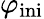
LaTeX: \varphi_{\mathrm{ini}}